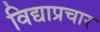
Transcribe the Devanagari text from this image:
विद्याप्रचार